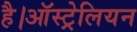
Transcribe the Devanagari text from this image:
है।ऑस्ट्रेलियन